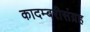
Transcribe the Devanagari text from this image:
कादम्बरीसंग्रह